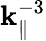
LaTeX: \mathbf{k}_{\parallel}^{-3}